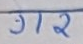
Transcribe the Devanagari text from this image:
गर